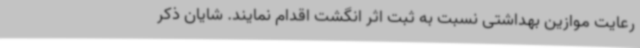
رعایت موازین بهداشتی نسبت به ثبت اثر انگشت اقدام نمایند. شایان ذکر